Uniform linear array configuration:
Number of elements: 24
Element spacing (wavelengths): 0.25
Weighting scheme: cosine
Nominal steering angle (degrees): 60
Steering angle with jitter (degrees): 60.709
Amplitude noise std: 0.05
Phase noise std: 0.05

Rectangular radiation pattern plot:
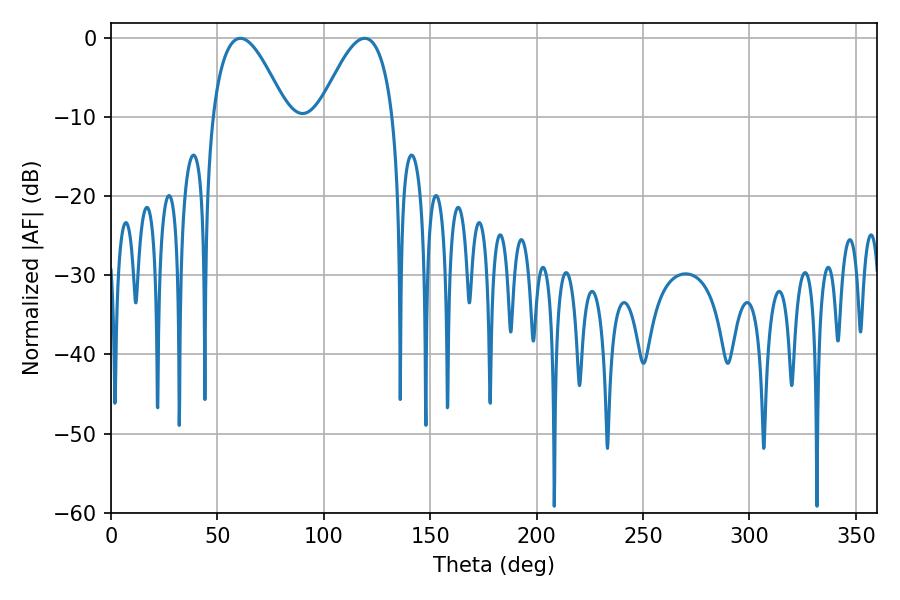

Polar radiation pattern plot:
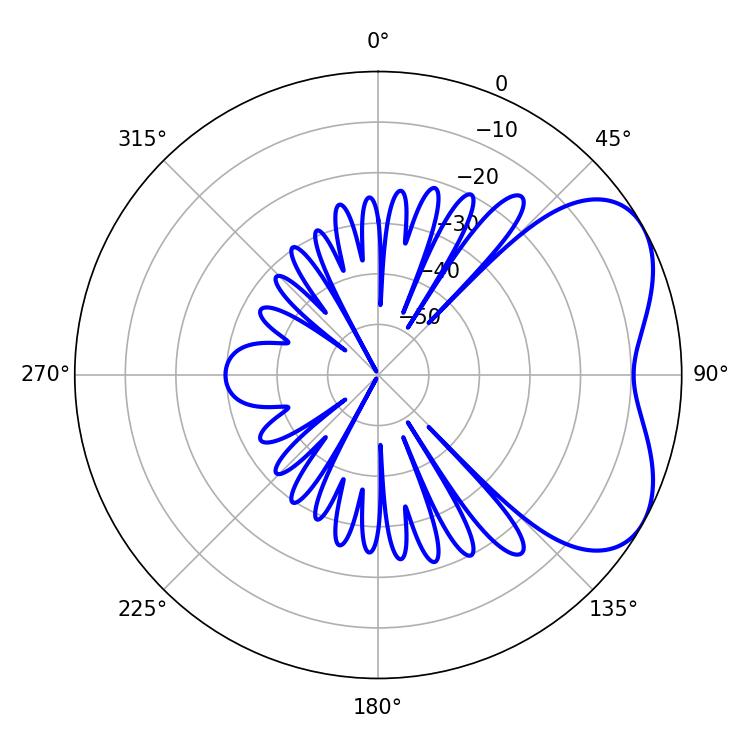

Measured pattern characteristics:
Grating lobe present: FALSE
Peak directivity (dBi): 4.837
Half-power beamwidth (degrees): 19.08
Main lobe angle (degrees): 60.84